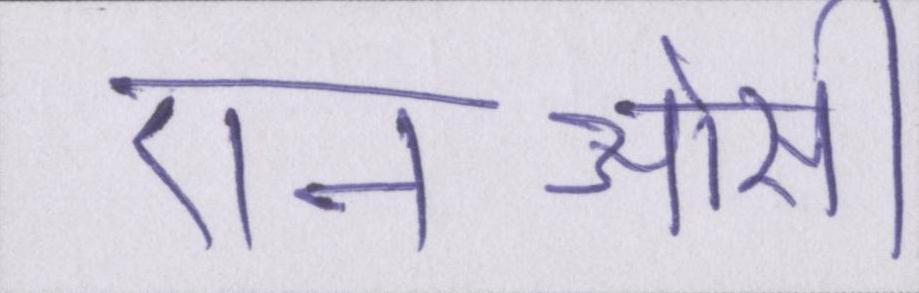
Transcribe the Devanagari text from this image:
एनओसी